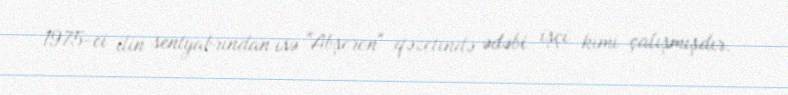
1975-ci ilin sentyabrından isə "Abşeron" qəzetində ədəbi işçi kimi çalışmışdır.